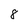
Character: 8